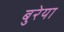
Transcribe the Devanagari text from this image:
बुरेया